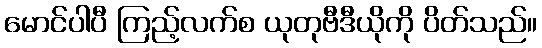
မောင်ပါပီ ကြည့်လက်စ ယုတုဗီဒီယိုကို ပိတ်သည်။